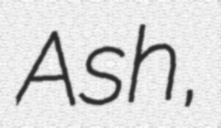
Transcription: Ash,